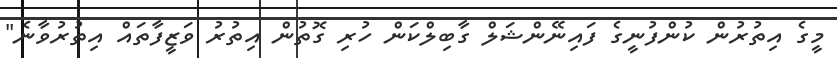
މީގެ އިތުރުން ކުންފުނީގެ ފައިނޭންޝަލް ގާބިލްކަން ހުރި ގޮތުން އިތުރު ވަޒީފާތައް އިތުރުވާނެ"